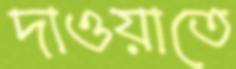
দাওয়াতে